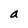
Character: a